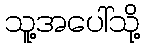
သူ့အပေါ်သို့